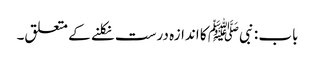
باب : نبیﷺ کا اندازہ درست نکلنے کے متعلق۔